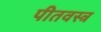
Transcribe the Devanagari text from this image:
पीतवस्त्र